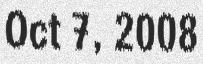
Oct 7, 2008